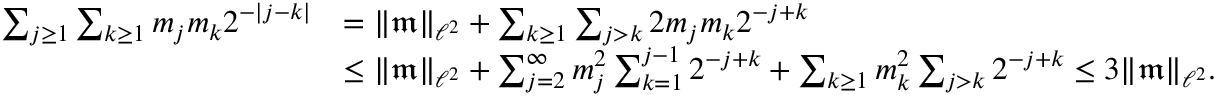
\begin{array} { r l } { \sum _ { j \geq 1 } \sum _ { k \geq 1 } m _ { j } m _ { k } 2 ^ { - | j - k | } } & { = \| \mathfrak m \| _ { \ell ^ { 2 } } + \sum _ { k \geq 1 } \sum _ { j > k } 2 m _ { j } m _ { k } 2 ^ { - j + k } } \\ & { \leq \| \mathfrak m \| _ { \ell ^ { 2 } } + \sum _ { j = 2 } ^ { \infty } m _ { j } ^ { 2 } \sum _ { k = 1 } ^ { j - 1 } 2 ^ { - j + k } + \sum _ { k \geq 1 } m _ { k } ^ { 2 } \sum _ { j > k } 2 ^ { - j + k } \leq 3 \| \mathfrak m \| _ { \ell ^ { 2 } } . } \end{array}